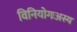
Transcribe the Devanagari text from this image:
विनियोगःअस्य